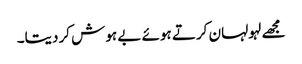
مجھے لہولہان کرتے ہوئے بے ہوش کردیتا۔